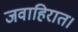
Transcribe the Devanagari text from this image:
जवाहिरात।